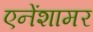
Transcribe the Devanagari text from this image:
एनेंशामर